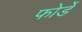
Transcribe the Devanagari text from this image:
फोर्डे